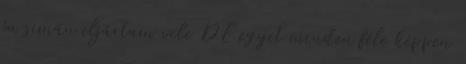
én simán eljártam vele DE egyet minden féle képpen